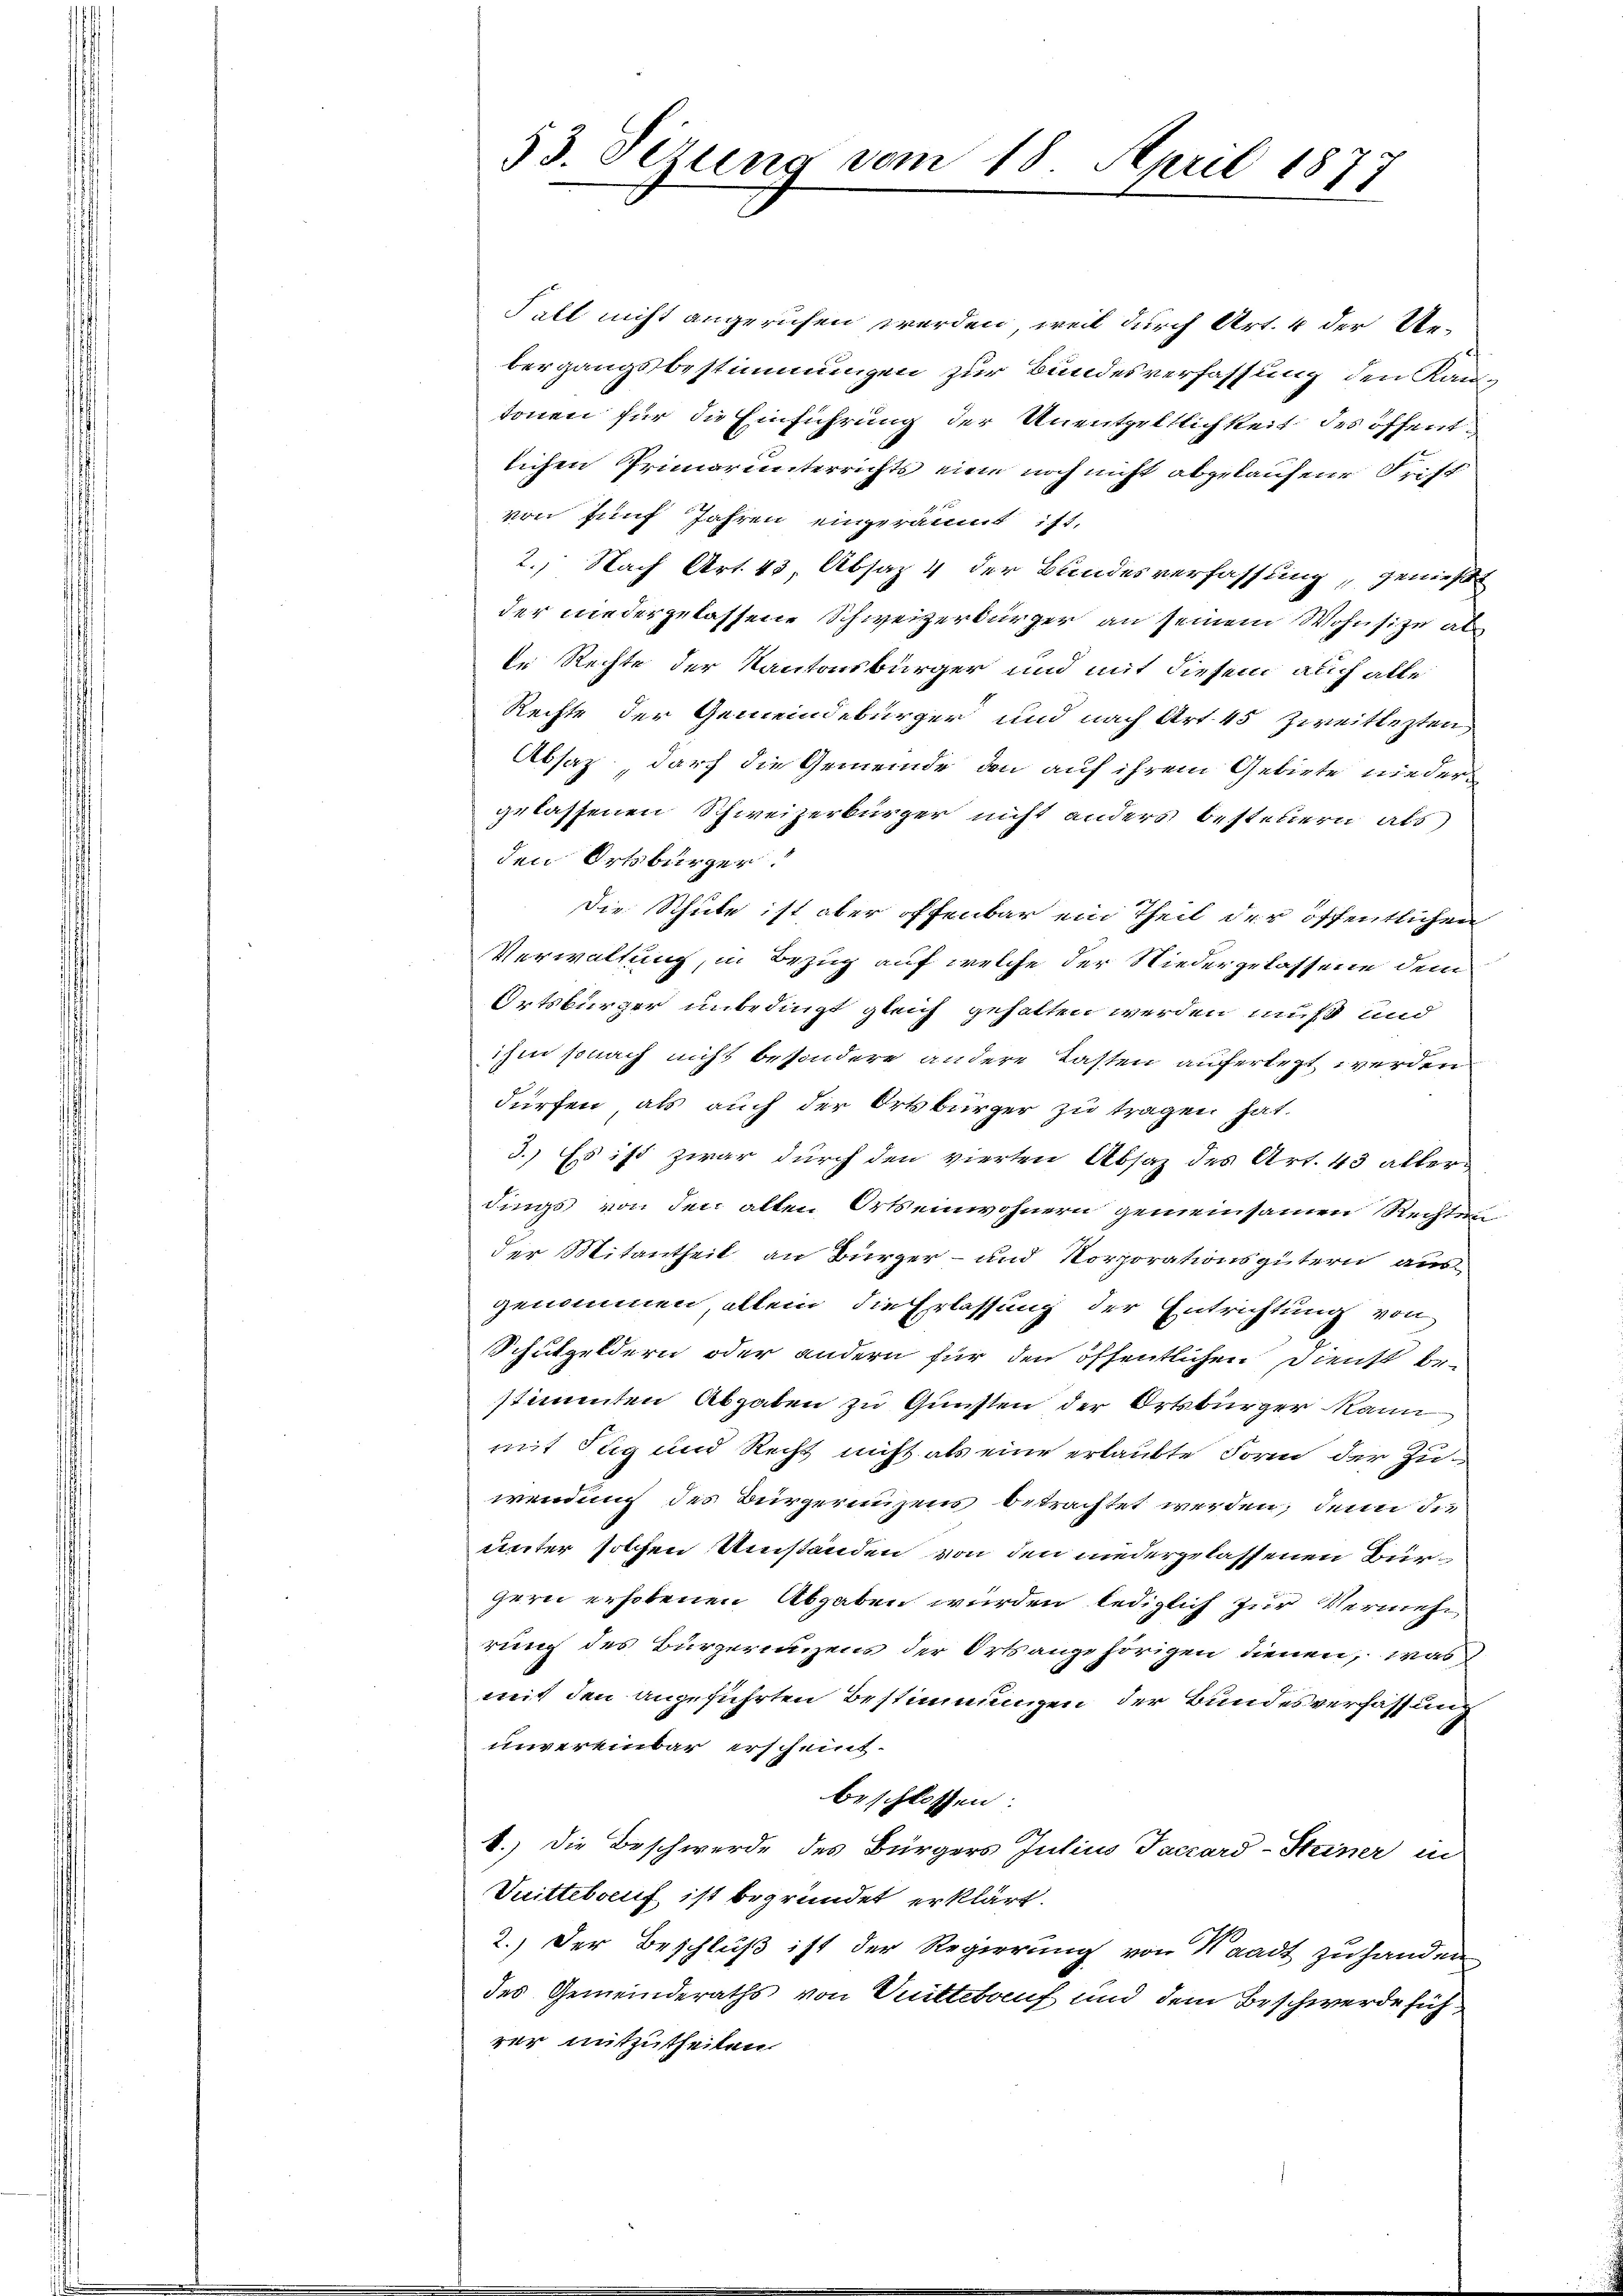
33. Dezung vom 18. April 1877

Fall nicht angerufen werden, weil durch Art. 4 der Ue-
bergangsbestimmungen zur Bundesverfassung den Kantonen für die Einführung der Unentgeltlichkeit des öffentlichen Primarunterrichts eine noch nicht abgekaufene Frist
von fünf Jahren eingeräumt ist,
2., Nach Art. 43, Absaz 4 der Bundesverfassung, genieße
der niedergelassene Schweizerbürger an seinem Wohnsitze ab
le Rechte der Kantonsbürger und mit diesem auch alle
Rechte der Gemeindebürger und nach Art. 45 Zweitlezten
Absaz durch die Gemeinde den auf ihrem Gebiete niedergelassenen Schweizerbürger nicht anders bestehern als
den Ortsbürger
Die Schule ist aber offenbar ein Theil der öffentlichen
Verwaltung, in Bezug auf welche der Niedergelassene dem
Ortsbürger unbedingt gleich gehalten werden muß und
ihm sonach nicht besondere andere Lasten auferlegt werden
dürfen, als auch der Ortsbürger zu tragen hat.
3.) Es ist zwar durch den vierten Absaz des Art. 43 allerdings von den alten Ortseinwohnern gemeinsamen Rechtung
der Mitantheil an Bürger- und Korporationsgütern ausgenommen allein die Erlassung der Entrichtung von
Schulgeldern oder andern für den öffentlichen Dienst be-
stimmten Abgaben zu Gunsten der Ortsbürger kann
mit Tag und Recht nicht als eine erlaubte Form der Zuwendung des Bürgerungens betrachtet werden; denn die
unter solchen Umständen von den niedergelassenen Bürgern erhobenen Abgaben wurden lediglich zur Vermehr
rung des Bürgerungens der Ortsangehörigen dienen, was
mit den angeführten Bestimmungen der Bundesverfassung
unvereinbar erscheint.
beschlossen:
1.) Die Beschwerde des Bürgers Julius Tacrard-Steiner in
Duittebrif ist begründet erklärt.
2.) Der Beschluß ist der Regierung von Waadt zu handen
des Gemeinderaths von Knittelauf und dem Beschwerde führer mitzutheilen